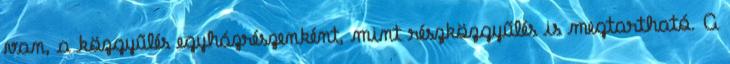
van, a közgyűlés egyházrészenként, mint részközgyűlés is megtartható. A